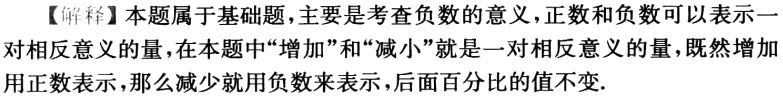
【解释】本题属于基础题，主要是考查负数的意义，正数和负数可以表示一对相反意义的量，在本题中“增加”和“减小”就是一对相反意义的量，既然增加用正数表示，那么减少就用负数来表示，后面百分比的值不变.